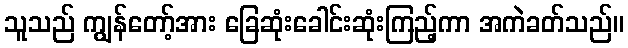
သူသည် ကျွန်တော့်အား ခြေဆုံးခေါင်းဆုံးကြည့်ကာ အကဲခတ်သည်။